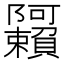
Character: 𬯩